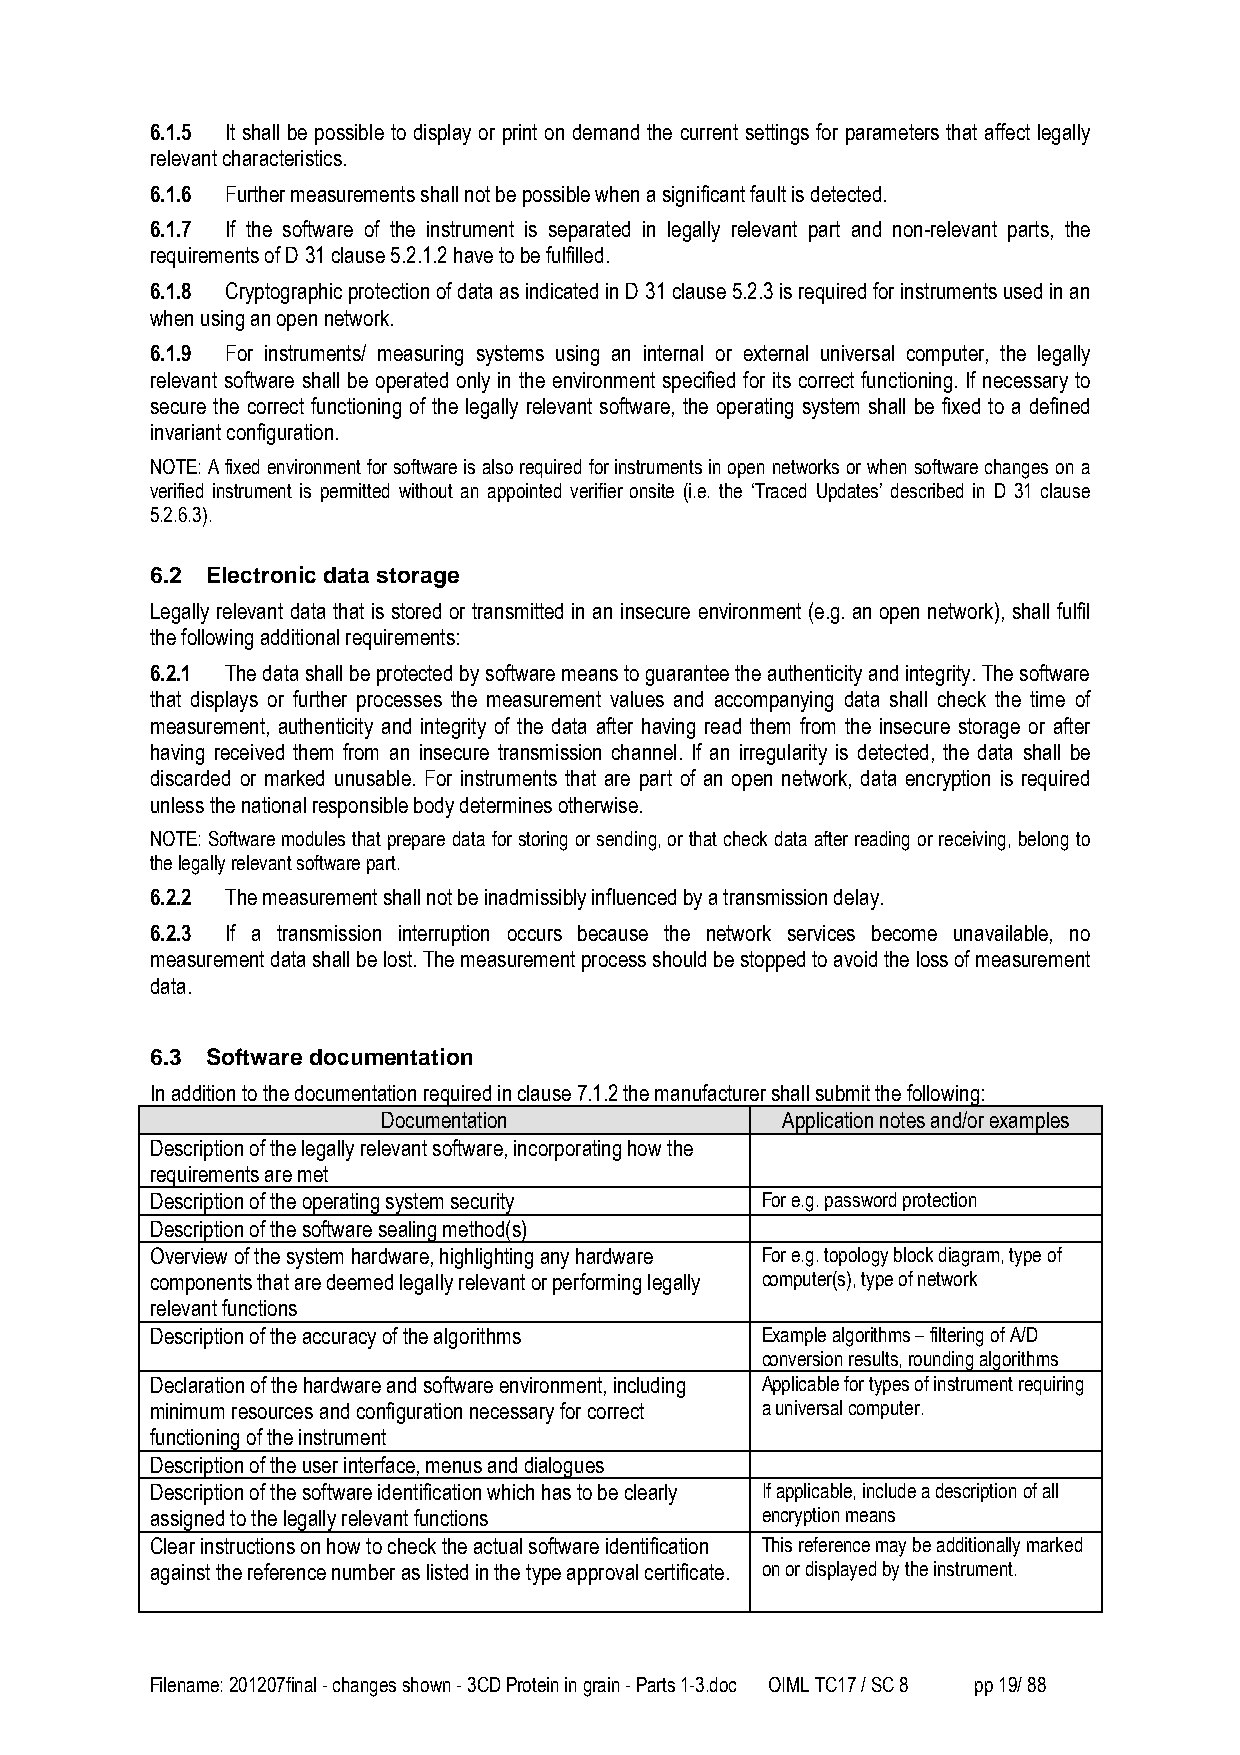
6.1.5 It shall be possible to display or print on demand the current settings for parameters that affect legally
 relevant characteristics.
 6.1.6 Further measurements shall not be possible when a significant fault is detected.
 6.1.7 If the software of the instrument is separated in legally relevant part and non-relevant parts, the
 requirements of D 31 clause 5.2.1.2 have to be fulfilled.
 6.1.8 Cryptographic protection of data as indicated in D 31 clause 5.2.3 is required for instruments used in an
 when using an open network.
 6.1.9 For instruments/ measuring systems using an internal or external universal computer, the legally
 relevant software shall be operated only in the environment specified for its correct functioning. If necessary to
 secure the correct functioning of the legally relevant software, the operating system shall be fixed to a defined
 invariant configuration.
 NOTE: A fixed environment for software is also required for instruments in open networks or when software changes on a
 verified instrument is permitted without an appointed verifier onsite (i.e. the ‘Traced Updates’ described in D 31 clause
 5.2.6.3).
 6.2 Electronic data storage
 Legally relevant data that is stored or transmitted in an insecure environment (e.g. an open network), shall fulfil
 the following additional requirements:
 6.2.1 The data shall be protected by software means to guarantee the authenticity and integrity. The software
 that displays or further processes the measurement values and accompanying data shall check the time of
 measurement, authenticity and integrity of the data after having read them from the insecure storage or after
 having received them from an insecure transmission channel. If an irregularity is detected, the data shall be
 discarded or marked unusable. For instruments that are part of an open network, data encryption is required
 unless the national responsible body determines otherwise.
 NOTE: Software modules that prepare data for storing or sending, or that check data after reading or receiving, belong to
 the legally relevant software part.
 6.2.2 The measurement shall not be inadmissibly influenced by a transmission delay.
 6.2.3 If a transmission interruption occurs because the network services become unavailable, no
 measurement data shall be lost. The measurement process should be stopped to avoid the loss of measurement
 data.
 6.3 Software documentation
 In addition to the documentation required in clause 7.1.2 the manufacturer shall submit the following:
 Documentation              Application notes and/or examples
 Description of the legally relevant software, incorporating how the
 requirements are met
 Description of the operating system security For e.g. password protection
 Description of the software sealing method(s)
 Overview of the system hardware, highlighting any hardware For e.g. topology block diagram, type of
 components that are deemed legally relevant or performing legally computer(s), type of network
 relevant functions
 Description of the accuracy of the algorithms Example algorithms – filtering of A/D
 conversion results, rounding algorithms
 Declaration of the hardware and software environment, including Applicable for types of instrument requiring
 minimum resources and configuration necessary for correct a universal computer.
 functioning of the instrument
 Description of the user interface, menus and dialogues
 Description of the software identification which has to be clearly If applicable, include a description of all
 assigned to the legally relevant functions encryption means
 Clear instructions on how to check the actual software identification This reference may be additionally marked
 against the reference number as listed in the type approval certificate. on or displayed by the instrument.
 Filename: 201207final - changes shown - 3CD Protein in grain - Parts 1-3.doc OIML TC17 / SC 8 pp 19/ 88